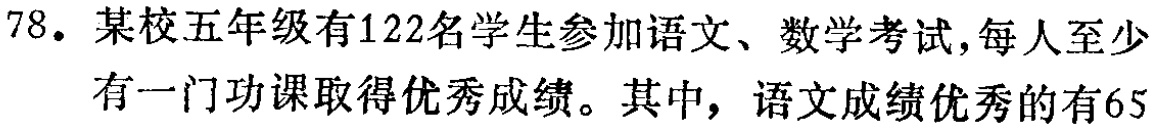
78. 某校五年级有122名学生参加语文、数学考试,每人至少
有一门功课取得优秀成绩。其中, 语文成绩优秀的有65